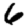
Digit: 6